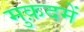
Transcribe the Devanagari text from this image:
मुक़दमें